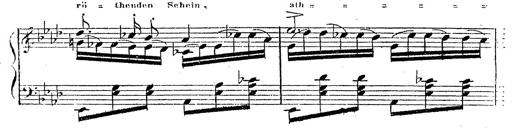
Title: 12 Lieder von Franz Schubert
Composer: Franz Liszt